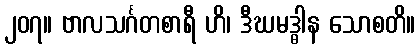
၂၀၇။ ဗာလသင်္ဂတစာရီ ဟိ၊ ဒီဃမဒ္ဓါန သောစတိ။